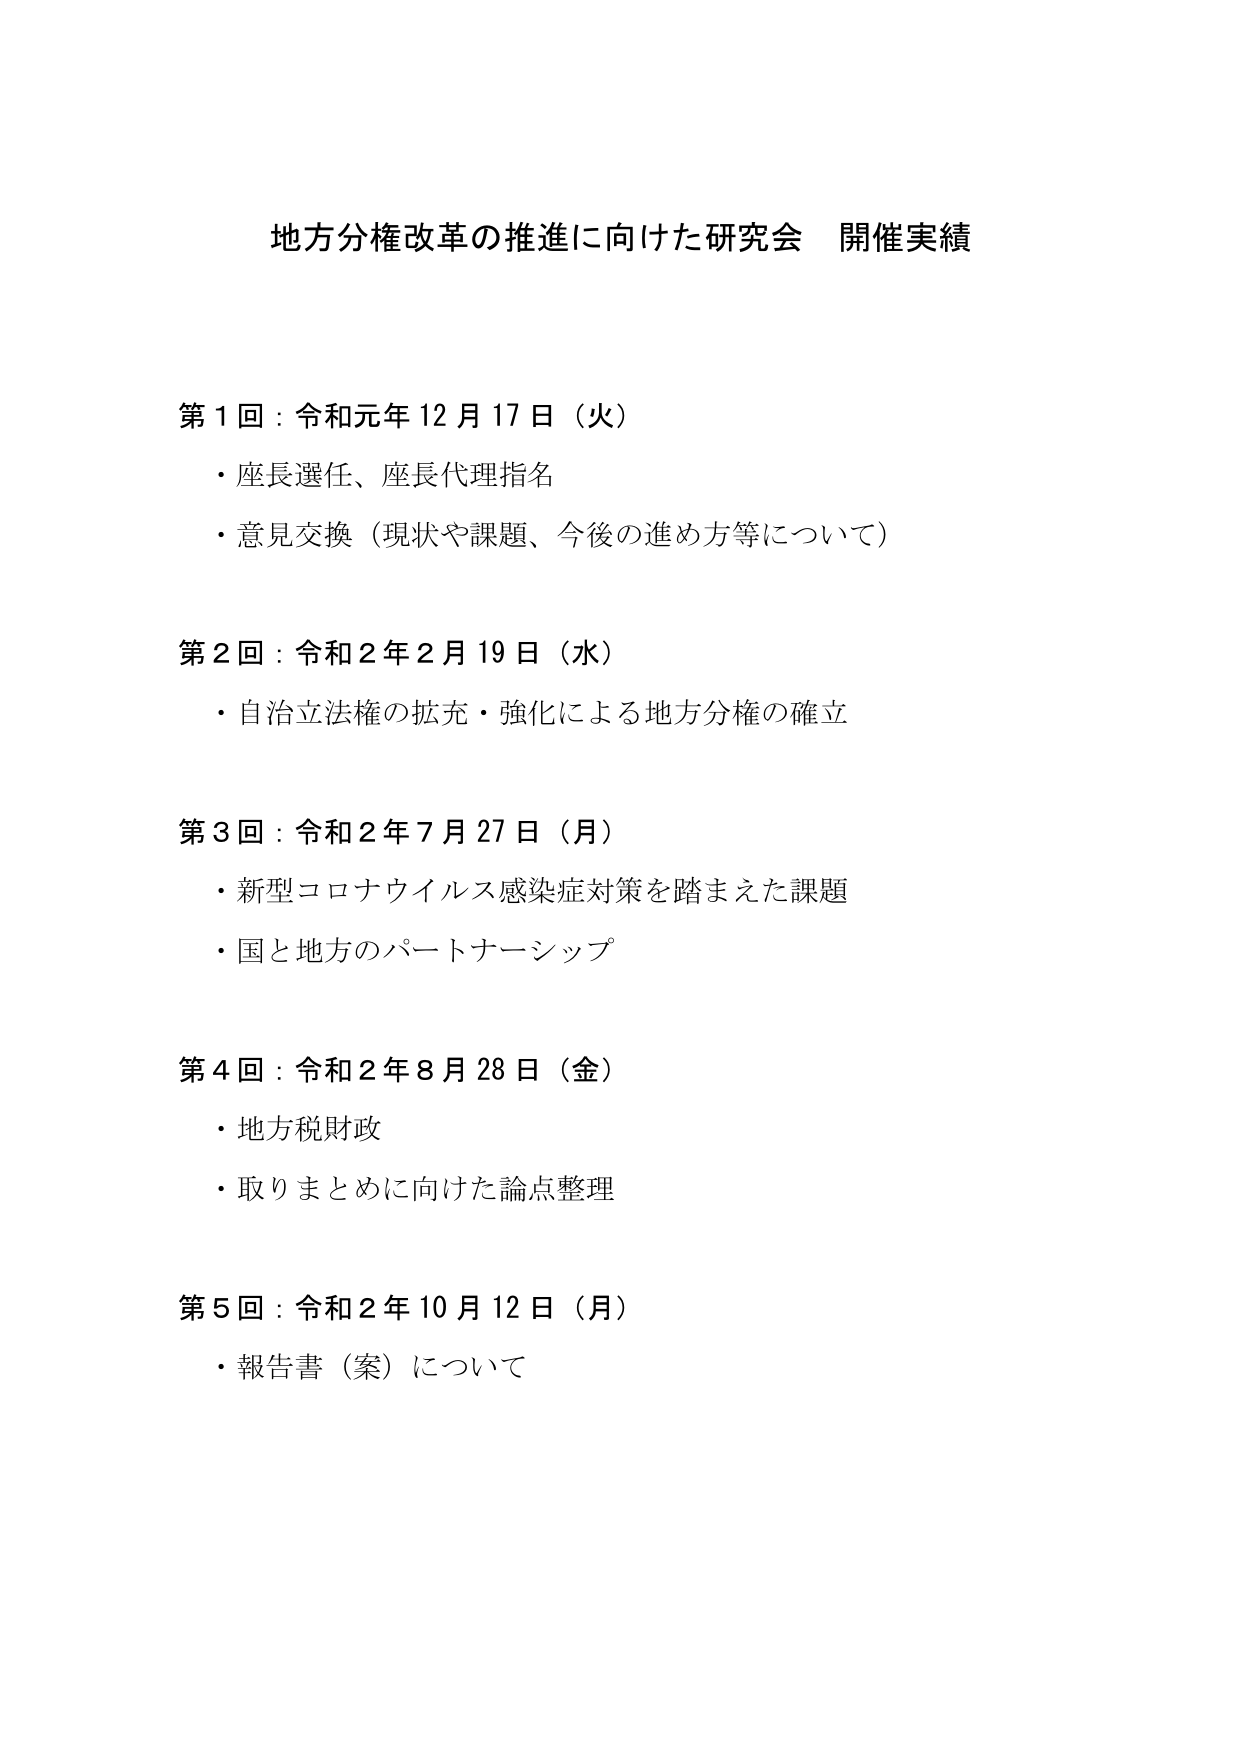
地方分権改革の推進に向けた研究会 開催実績

第1回：令和元年12月17日（火）
・座長選任、座長代理指名
・意見交換（現状や課題、今後の進め方等について）

第2回：令和2年2月19日（水）
・自治立法権の拡充・強化による地方分権の確立

第3回：令和2年7月27日（月）
・新型コロナウイルス感染症対策を踏まえた課題
・国と地方のパートナーシップ

第4回：令和2年8月28日（金）
・地方税財政
・取りまとめに向けた論点整理

第5回：令和2年10月12日（月）
・報告書（案）について